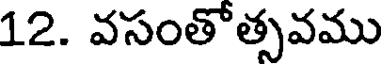
12. వసంతోత్సవము